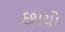
છાયો